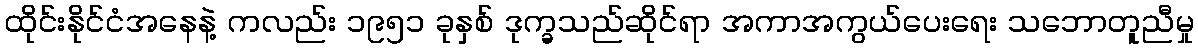
ထိုင်းနိုင်ငံအနေနဲ့ ကလည်း ၁၉၅၁ ခုနှစ် ဒုက္ခသည်ဆိုင်ရာ အကာအကွယ်ပေးရေး သဘောတူညီမှု